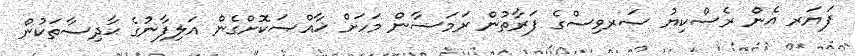
ފަޔަރ އެން ރެސްކިޔު ސަރވިސްގެ ފަރާތުން ރަމަޟާން މަހަށް ޚާއްޞަކޮށްގެން އަލިފާނުގެ ޙާދިސާތަކުން